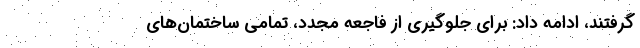
گرفتند، ادامه داد: ‌برای جلوگیری از فاجعه مجدد، تمامی ساختمان‌های